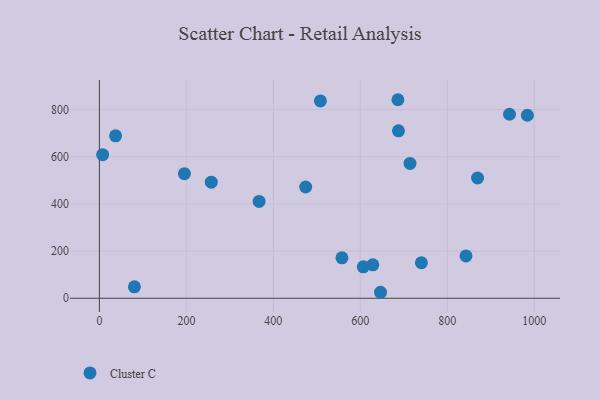
{"axis": {"x": "Investment", "y": "Profit"}, "legend": ["Cluster C"], "data": [{"x": "687.7", "y": 710.3, "type": "Cluster C"}, {"x": "646.4", "y": 25.4, "type": "Cluster C"}, {"x": "367.2", "y": 410.6, "type": "Cluster C"}, {"x": "843.0", "y": 179.4, "type": "Cluster C"}, {"x": "474.3", "y": 471.9, "type": "Cluster C"}, {"x": "257.2", "y": 492.3, "type": "Cluster C"}, {"x": "869.6", "y": 510.1, "type": "Cluster C"}, {"x": "7.4", "y": 609.1, "type": "Cluster C"}, {"x": "195.5", "y": 528.5, "type": "Cluster C"}, {"x": "557.8", "y": 171.5, "type": "Cluster C"}, {"x": "714.2", "y": 571.9, "type": "Cluster C"}, {"x": "508.2", "y": 837.2, "type": "Cluster C"}, {"x": "80.5", "y": 48.5, "type": "Cluster C"}, {"x": "628.7", "y": 141.7, "type": "Cluster C"}, {"x": "37.2", "y": 689.0, "type": "Cluster C"}, {"x": "606.8", "y": 133.5, "type": "Cluster C"}, {"x": "740.4", "y": 150.6, "type": "Cluster C"}, {"x": "943.0", "y": 780.5, "type": "Cluster C"}, {"x": "686.4", "y": 842.2, "type": "Cluster C"}, {"x": "984.1", "y": 776.4, "type": "Cluster C"}]}